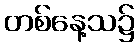
တစ်နေ့သ၌